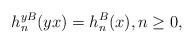
LaTeX: \begin{align*} h_n^{yB}(yx)=h_n^B(x),n\ge0,\end{align*}